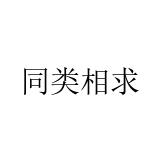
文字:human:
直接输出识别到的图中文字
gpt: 同类相求